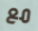
مع